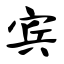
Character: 宾